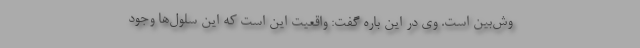
وش‌بین است. وی در این باره گفت: واقعیت این است که این سلول‌ها وجود